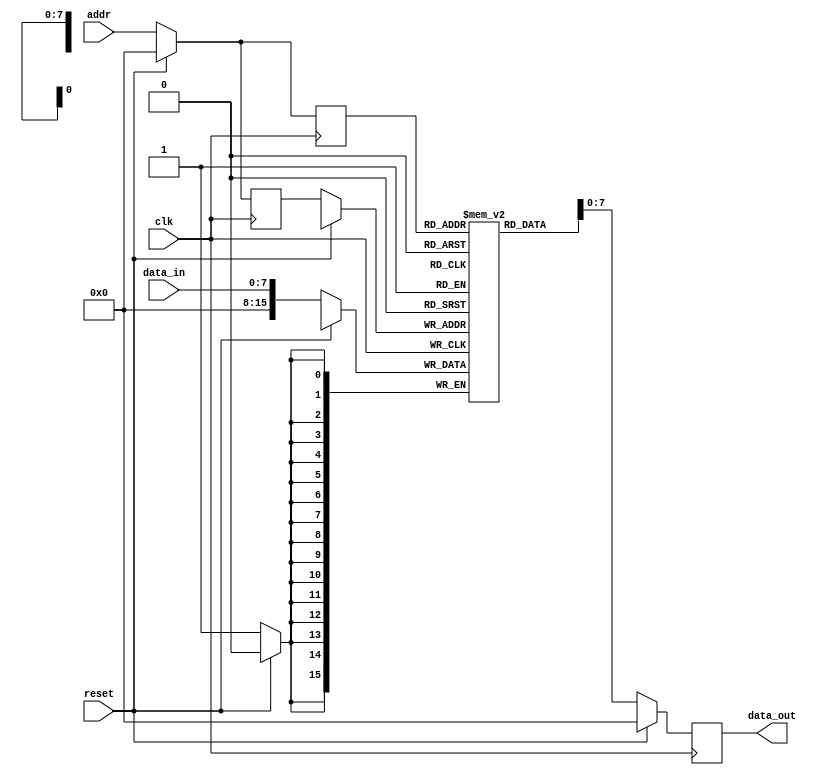
module qdr_sram (
    input wire clk,                 // Clock signal
    input wire reset,               // Reset signal
    input wire [7:0] addr,          // Address bus
    input wire [7:0] data_in,       // Data input bus
    output wire [7:0] data_out      // Data output bus
);

// Define internal signals and registers
reg [15:0] memory [255:0];         // 256x16 memory
reg [7:0] read_addr, write_addr;   // Read and write address registers

// Address decoding logic
always @ (posedge clk) begin
    if (reset) begin
        read_addr <= 0;
        write_addr <= 0;
    end else begin
        read_addr <= addr;
        write_addr <= addr;
    end
end

// Read and write operations
always @ (posedge clk) begin
    if (reset) begin
        data_out <= 8'd0;
    end else begin
        // Read operation
        data_out <= memory[read_addr];

        // Write operation
        memory[write_addr] <= data_in;
    end
end

endmodule